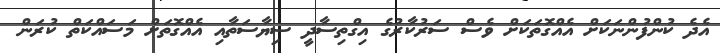
އެދެ ކުންފުންނަކަށް އެއްގޮތަކަށް ވެސް ސަރުކާރުގެ އިގްތިސާދީ ސިޔާސަތާއި އެއްގޮތަށް މަސައްކަތް ކުރަން